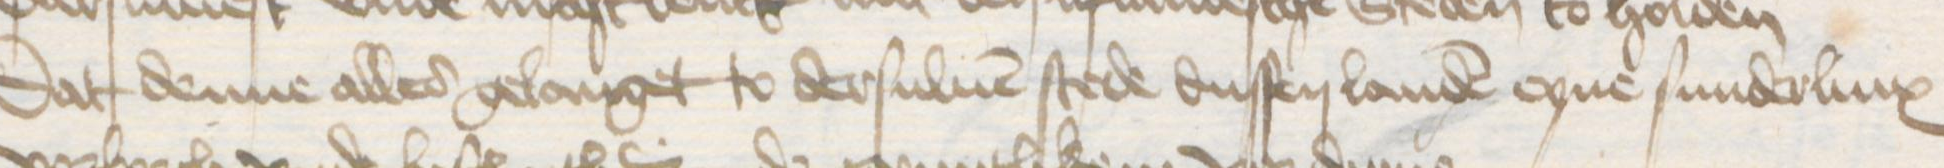
Dat denne alles gelanget to dersuluen stede dussen landen eyne sunderlinx